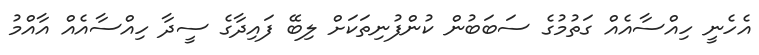
އެހެނީ ހިއްސާއެއް ގަތުމުގެ ސަބަބުން ކުންފުނިތަކަށް ލިބޭ ފައިދާގެ ސީދާ ހިއްސާއެއް އާއްމު